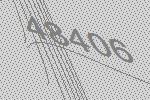
48406